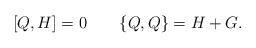
LaTeX: \begin{align*}[Q,H] = 0 \qquad \{Q,Q\} = H + G. \end{align*}